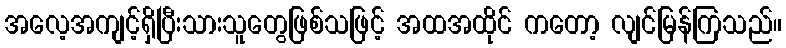
အလေ့အကျင့်ရှိပြီးသားသူတွေဖြစ်သဖြင့် အထအထိုင် ကတော့ လျင်မြန်ကြသည်။